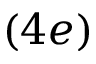
( 4 e )